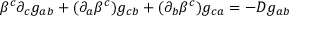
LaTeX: \beta ^ { c } \partial _ { c } g _ { a b } + ( \partial _ { a } \beta ^ { c } ) g _ { c b } + ( \partial _ { b } \beta ^ { c } ) g _ { c a } = - D g _ { a b }